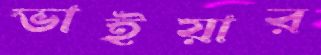
ভাইয়ার